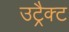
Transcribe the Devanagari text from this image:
उट्रैक्ट